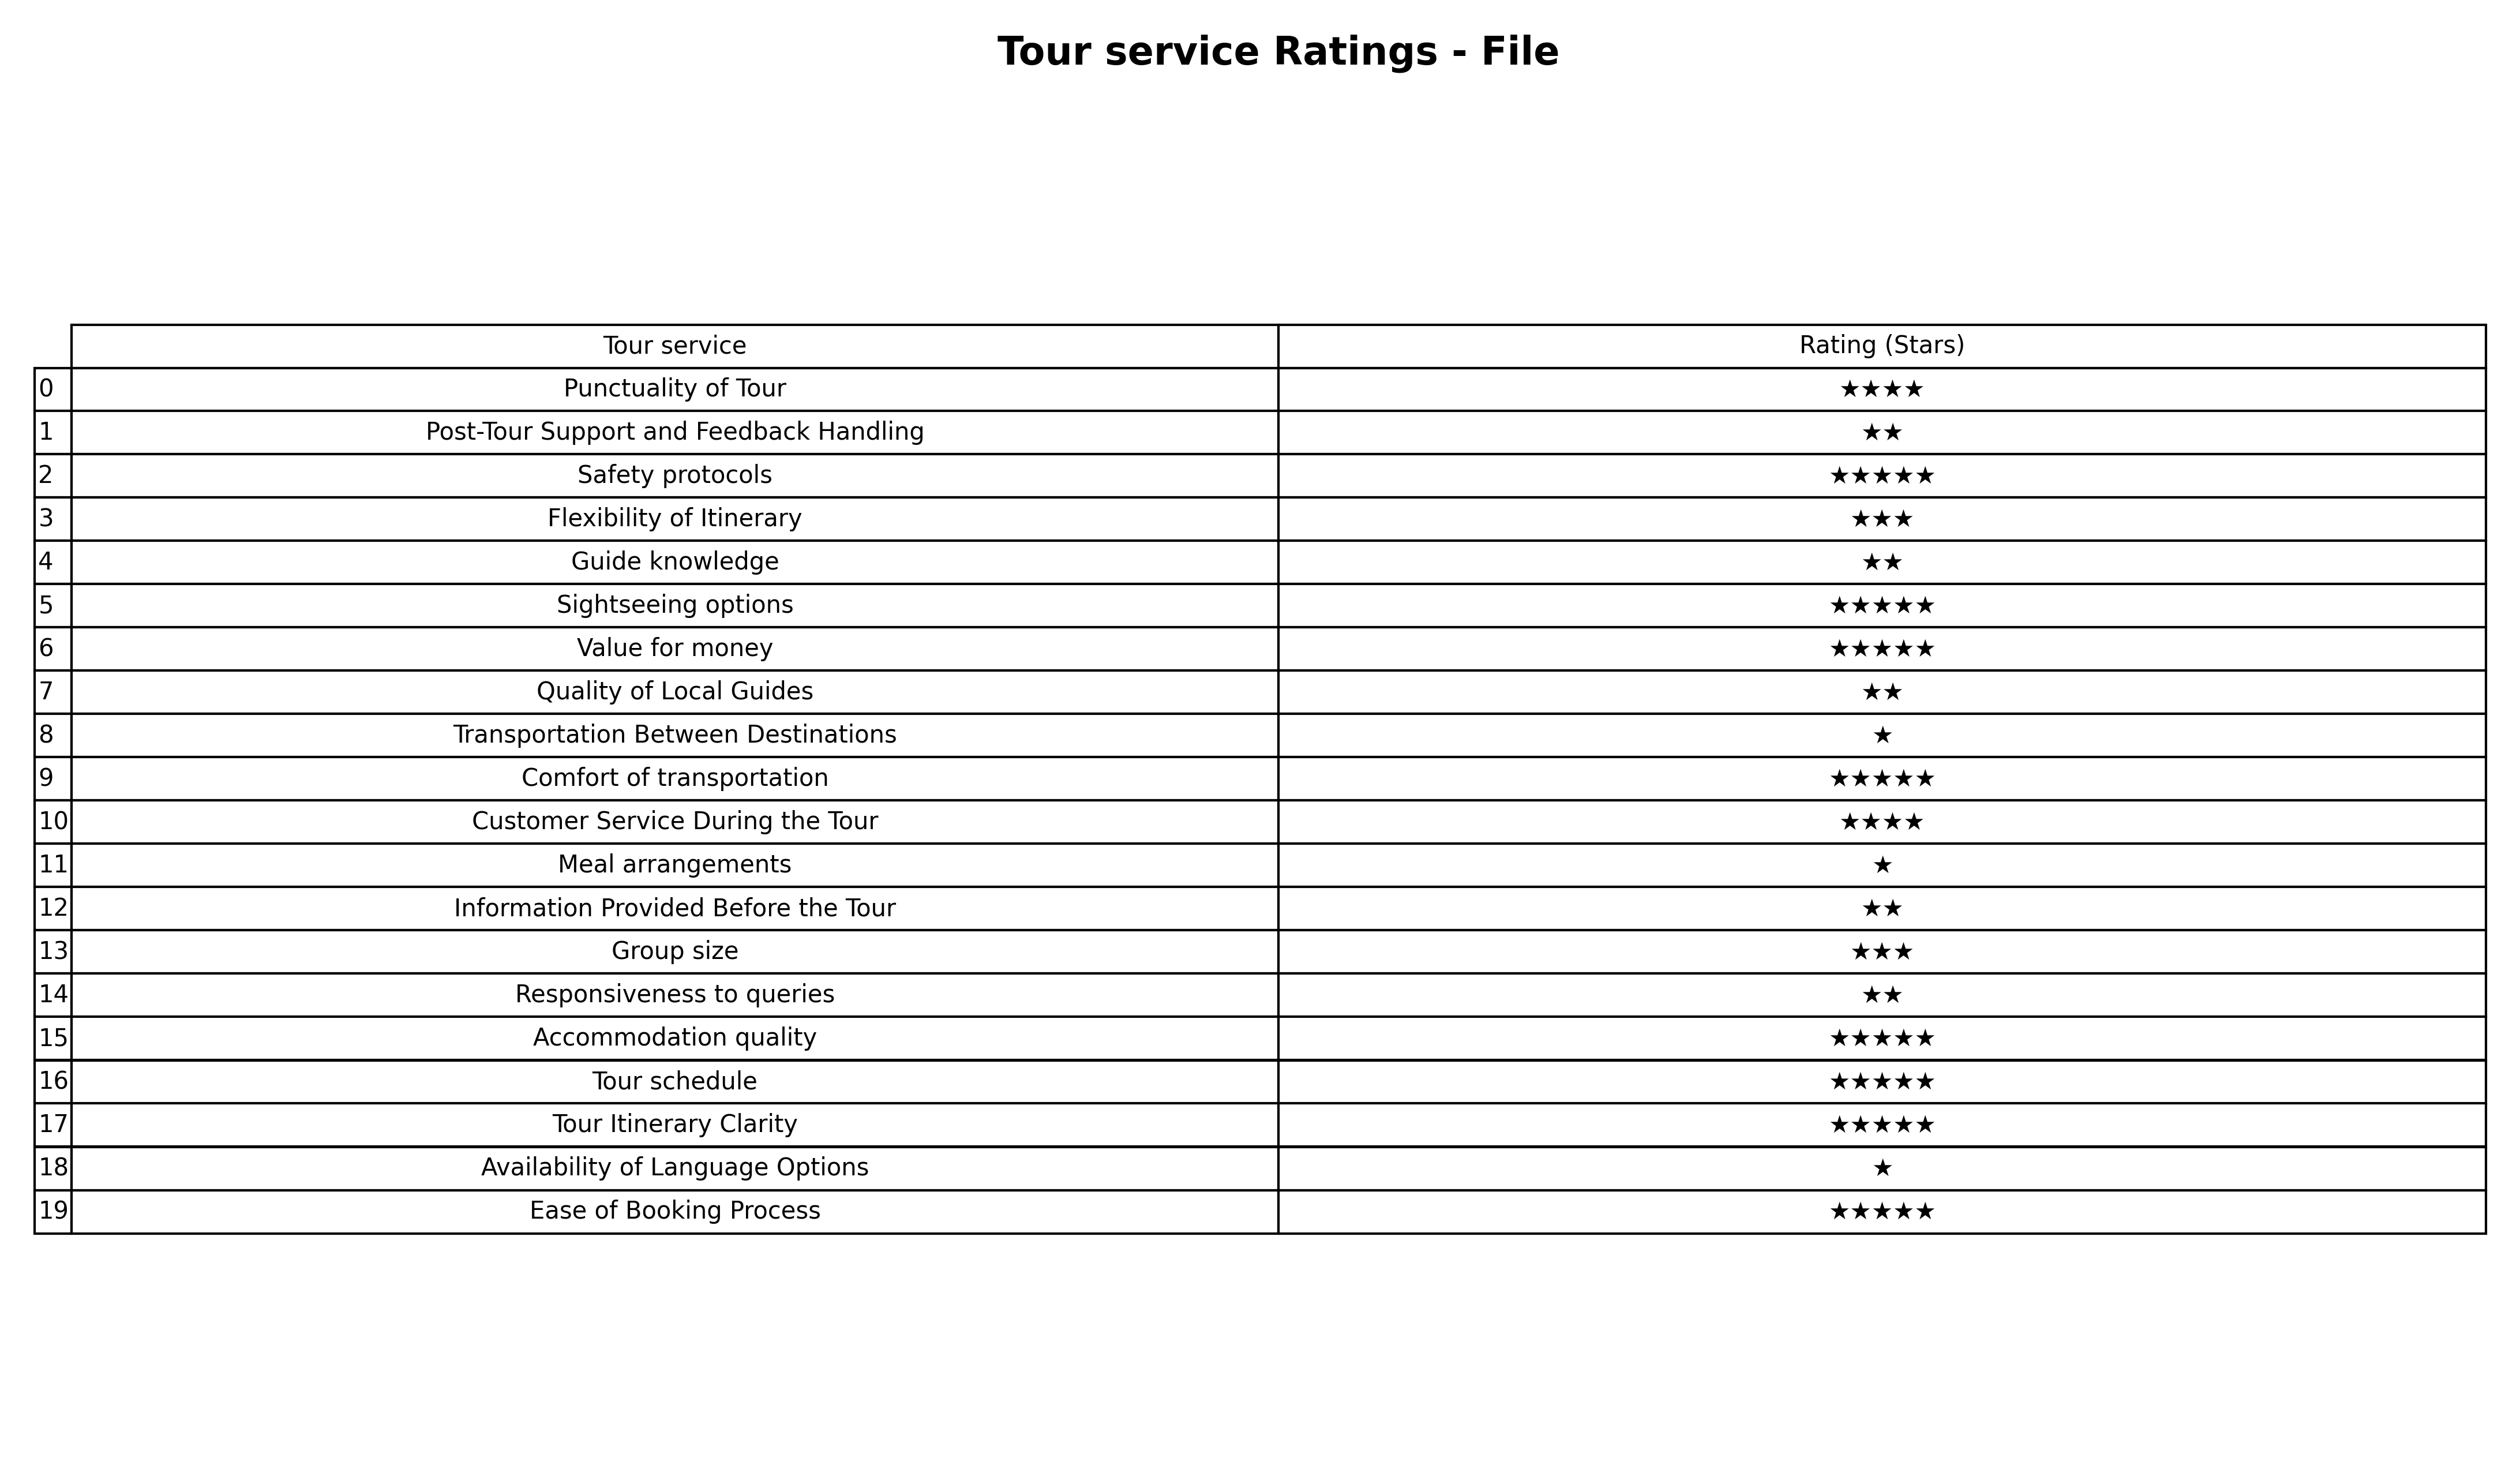
question: What is the rating of Value for money?
answer: ★★★★★